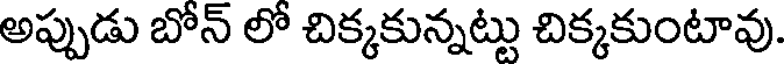
అప్పుడు బోన్ లో చిక్కకున్నట్టు చిక్కకుంటావు.